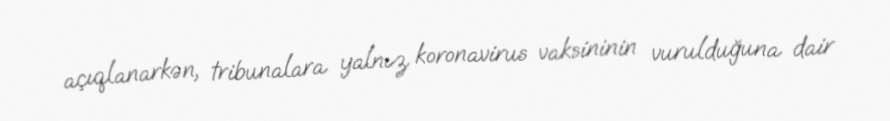
açıqlanarkən, tribunalara yalnız koronavirus vaksininin vurulduğuna dair